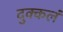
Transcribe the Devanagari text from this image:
दुक्कलं